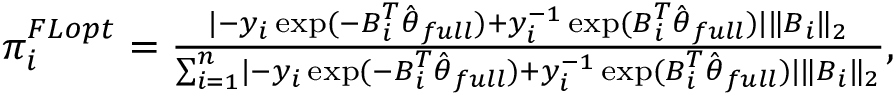
\begin{array} { r } { \pi _ { i } ^ { F L o p t } = \frac { \lvert - y _ { i } \exp ( - \boldsymbol { B } _ { i } ^ { T } \hat { \boldsymbol { \theta } } _ { f u l l } ) + y _ { i } ^ { - 1 } \exp ( \boldsymbol { B } _ { i } ^ { T } \hat { \boldsymbol { \theta } } _ { f u l l } ) \rvert \Vert \boldsymbol { B } _ { i } \Vert _ { 2 } } { \sum _ { i = 1 } ^ { n } \lvert - y _ { i } \exp ( - \boldsymbol { B } _ { i } ^ { T } \hat { \boldsymbol { \theta } } _ { f u l l } ) + y _ { i } ^ { - 1 } \exp ( \boldsymbol { B } _ { i } ^ { T } \hat { \boldsymbol { \theta } } _ { f u l l } ) \rvert \Vert \boldsymbol { B } _ { i } \Vert _ { 2 } } , } \end{array}